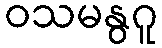
ဝသမနွဂူ